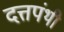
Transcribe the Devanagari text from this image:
दत्तपंथी